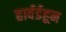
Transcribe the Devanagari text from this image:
हार्वर्डहून